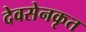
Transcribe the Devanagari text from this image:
देवसेनकृत